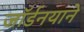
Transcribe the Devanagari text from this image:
जॉर्डनयाने